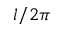
l / 2 \pi